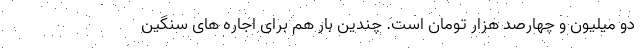
دو میلیون و چهارصد هزار تومان است. چندین بار هم برای اجاره های سنگین